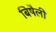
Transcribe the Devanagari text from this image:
बिषैली